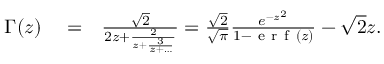
\begin{array} { r l r } { \Gamma ( z ) } & { { } = } & { \frac { \sqrt { 2 } } { 2 z + \frac { 2 } { z + \frac { 3 } { z + \dots } } } = \frac { \sqrt { 2 } } { \sqrt { \pi } } \frac { e ^ { - z ^ { 2 } } } { 1 - \mathrm { ~ e ~ r ~ f ~ } \left( z \right) } - \sqrt { 2 } z . } \end{array}